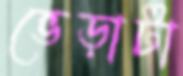
ভেড়াটা